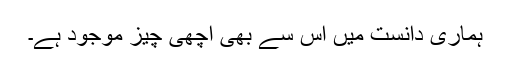
ہماری دانست میں اس سے بھی اچھی چیز موجود ہے۔